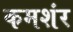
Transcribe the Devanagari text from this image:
कमशंर